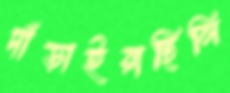
দাঁড়াইয়াছিলি